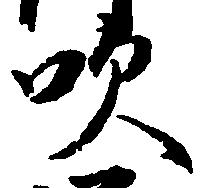
吹